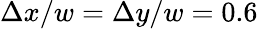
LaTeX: \Delta x/w=\Delta y/w=0.6